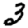
Digit: 3